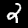
Label: 2